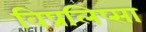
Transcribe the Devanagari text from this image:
विप्रलिप्सा